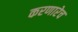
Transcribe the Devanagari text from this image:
करणारेच